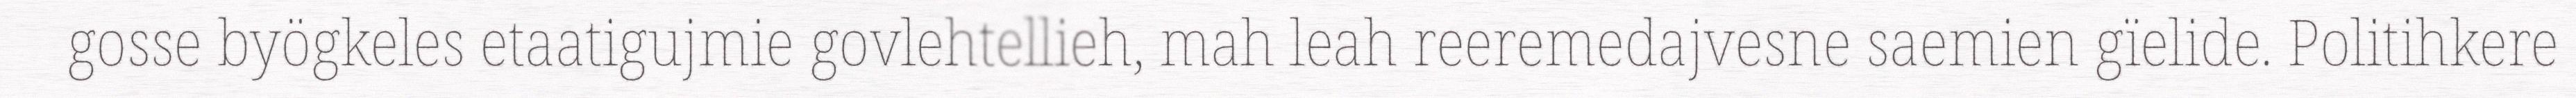
gosse byögkeles etaatigujmie govlehtellieh, mah leah reeremedajvesne saemien gïelide. Politihkere